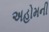
અહોમની